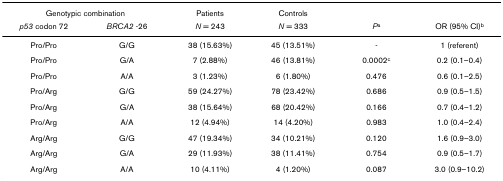
<table><thead><tr><td colspan="2"><b>Genotypic combination</b></td><td><b>Patients</b></td><td><b>Controls</b></td><td></td><td></td></tr><tr><td><b><i>p53 </i>codon 72</b></td><td><b><i>BRCA2 </i>-26</b></td><td><b><i>N </i>= 243</b></td><td><b><i>N </i>= 333</b></td><td><b><i>P</i><sup>a</sup></b></td><td><b>OR (95% CI)<sup>b</sup></b></td></tr></thead><tbody><tr><td>Pro/Pro</td><td>G/G</td><td>38 (15.63%)</td><td>45 (13.51%)</td><td>-</td><td>1 (referent)</td></tr><tr><td>Pro/Pro</td><td>G/A</td><td>7 (2.88%)</td><td>46 (13.81%)</td><td>0.0002<sup>c</sup></td><td>0.2 (0.1–0.4)</td></tr><tr><td>Pro/Pro</td><td>A/A</td><td>3 (1.23%)</td><td>6 (1.80%)</td><td>0.476</td><td>0.6 (0.1–2.5)</td></tr><tr><td>Pro/Arg</td><td>G/G</td><td>59 (24.27%)</td><td>78 (23.42%)</td><td>0.686</td><td>0.9 (0.5–1.5)</td></tr><tr><td>Pro/Arg</td><td>G/A</td><td>38 (15.64%)</td><td>68 (20.42%)</td><td>0.166</td><td>0.7 (0.4–1.2)</td></tr><tr><td>Pro/Arg</td><td>A/A</td><td>12 (4.94%)</td><td>14 (4.20%)</td><td>0.983</td><td>1.0 (0.4–2.4)</td></tr><tr><td>Arg/Arg</td><td>G/G</td><td>47 (19.34%)</td><td>34 (10.21%)</td><td>0.120</td><td>1.6 (0.9–3.0)</td></tr><tr><td>Arg/Arg</td><td>G/A</td><td>29 (11.93%)</td><td>38 (11.41%)</td><td>0.754</td><td>0.9 (0.5–1.7)</td></tr><tr><td>Arg/Arg</td><td>A/A</td><td>10 (4.11%)</td><td>4 (1.20%)</td><td>0.087</td><td>3.0 (0.9–10.2)</td></tr></tbody></table>